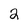
Character: 2